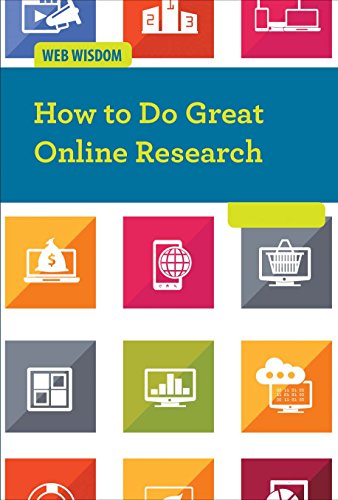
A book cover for How to Do Great Online Research (Web Wisdom); Kezia Endsley; Children's Books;